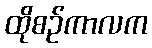
ထိုစဉ်ကာလက